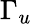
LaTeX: \Gamma_{u}